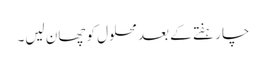
چار ہفتے کے بعد محلول کو چھان لیں۔